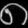
Digit: ၈